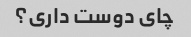
چای دوست داری؟